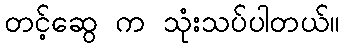
တင့်ဆွေ က သုံးသပ်ပါတယ်။